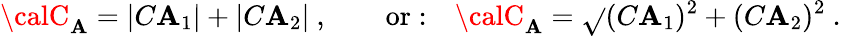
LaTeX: {\calC}_{\cal\mathbf{A}}=|C\mathbf{A}_{1}|+|C\mathbf{A}_{2}|\ ,\qquad\mathrm{{or:}}\quad{\calC}_{\cal\mathbf{A}}=\sqrt{}{{(C\mathbf{A}_{1})^{2}+(C\mathbf{A}_{2})^{2}}}\ .